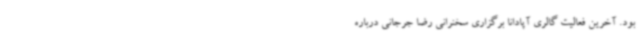
بود. آخرین فعالیت گالری آپادانا برگزاری سخنرانی رضا جرجانی درباره